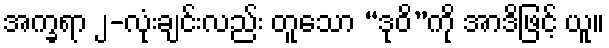
အက္ခရာ ၂-လုံးချင်းလည်း တူသော “ဒုဝိ”ကို အာဒိဖြင့် ယူ။